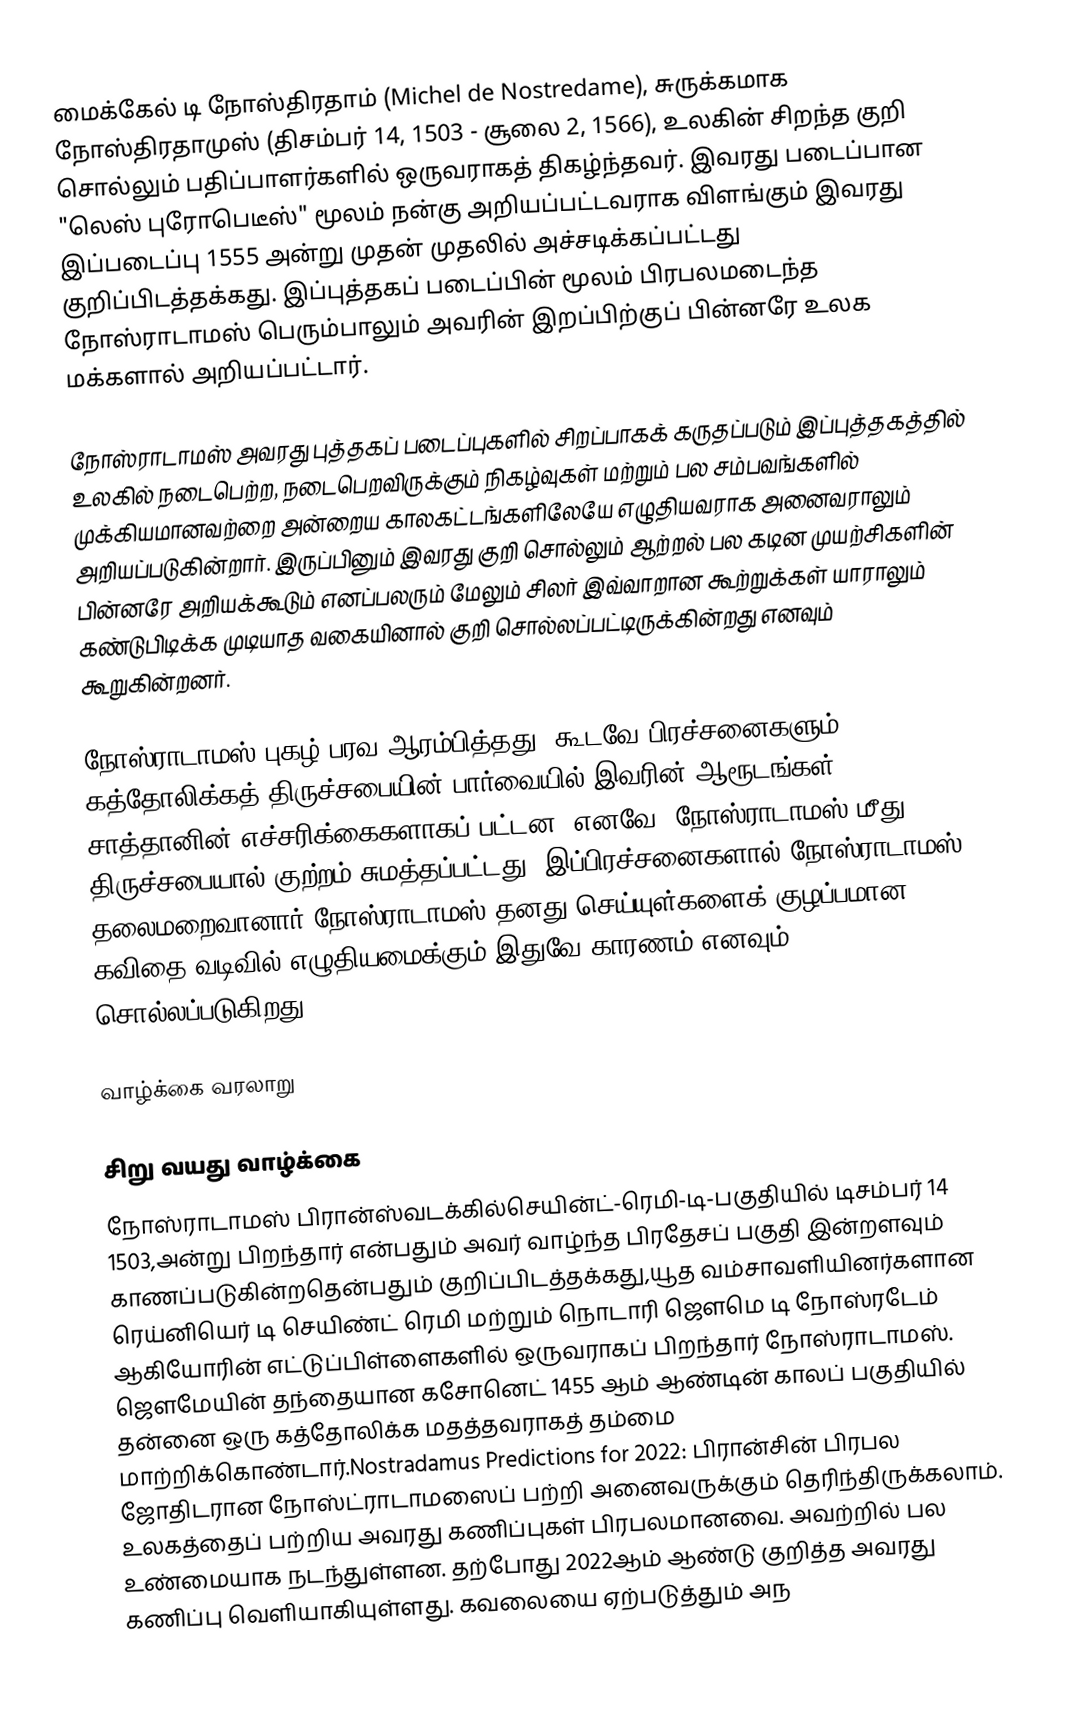
மைக்கேல் டி நோஸ்திரதாம் (Michel de Nostredame), சுருக்கமாக நோஸ்திரதாமுஸ் (திசம்பர் 14, 1503 - சூலை 2, 1566), உலகின் சிறந்த குறி சொல்லும் பதிப்பாளர்களில் ஒருவராகத் திகழ்ந்தவர். இவரது படைப்பான "லெஸ் புரோபெடீஸ்" மூலம் நன்கு அறியப்பட்டவராக விளங்கும் இவரது இப்படைப்பு 1555 அன்று முதன் முதலில் அச்சடிக்கப்பட்டது குறிப்பிடத்தக்கது. இப்புத்தகப் படைப்பின் மூலம் பிரபலமடைந்த நோஸ்ராடாமஸ் பெரும்பாலும் அவரின் இறப்பிற்குப் பின்னரே உலக மக்களால் அறியப்பட்டார்.

நோஸ்ராடாமஸ் அவரது புத்தகப் படைப்புகளில் சிறப்பாகக் கருதப்படும் இப்புத்தகத்தில் உலகில் நடைபெற்ற, நடைபெறவிருக்கும் நிகழ்வுகள் மற்றும் பல சம்பவங்களில் முக்கியமானவற்றை அன்றைய காலகட்டங்களிலேயே எழுதியவராக அனைவராலும் அறியப்படுகின்றார். இருப்பினும் இவரது குறி சொல்லும் ஆற்றல் பல கடின முயற்சிகளின் பின்னரே அறியக்கூடும் எனப்பலரும் மேலும் சிலர் இவ்வாறான கூற்றுக்கள் யாராலும் கண்டுபிடிக்க முடியாத வகையினால் குறி சொல்லப்பட்டிருக்கின்றது எனவும் கூறுகின்றனர்.

நோஸ்ராடாமஸ் புகழ் பரவ ஆரம்பித்தது. கூடவே பிரச்சனைகளும். கத்தோலிக்கத் திருச்சபையின் பார்வையில் இவரின் ஆரூடங்கள் சாத்தானின் எச்சரிக்கைகளாகப் பட்டன. எனவே, நோஸ்ராடாமஸ் மீது திருச்சபையால் குற்றம் சுமத்தப்பட்டது. இப்பிரச்சனைகளால் நோஸ்ராடாமஸ் தலைமறைவானார்.நோஸ்ராடாமஸ் தனது செய்யுள்களைக் குழப்பமான கவிதை வடிவில் எழுதியமைக்கும் இதுவே காரணம் எனவும் சொல்லப்படுகிறது.

வாழ்க்கை வரலாறு

சிறு வயது வாழ்க்கை
நோஸ்ராடாமஸ் பிரான்ஸ்வடக்கில்செயின்ட்-ரெமி-டி-பகுதியில் டிசம்பர் 14 1503,அன்று பிறந்தார் என்பதும் அவர் வாழ்ந்த பிரதேசப் பகுதி இன்றளவும் காணப்படுகின்றதென்பதும் குறிப்பிடத்தக்கது,யூத வம்சாவளியினர்களான ரெய்னியெர் டி செயிண்ட் ரெமி மற்றும் நொடாரி ஜௌமெ டி நோஸ்ரடேம் ஆகியோரின்  எட்டுப்பிள்ளைகளில் ஒருவராகப் பிறந்தார் நோஸ்ராடாமஸ். ஜௌமேயின் தந்தையான கசோனெட் 1455 ஆம் ஆண்டின் காலப் பகுதியில் தன்னை ஒரு கத்தோலிக்க மதத்தவராகத் தம்மை மாற்றிக்கொண்டார்.Nostradamus Predictions for 2022: பிரான்சின் பிரபல ஜோதிடரான நோஸ்ட்ராடாமஸைப் பற்றி அனைவருக்கும் தெரிந்திருக்கலாம். உலகத்தைப் பற்றிய அவரது கணிப்புகள் பிரபலமானவை. அவற்றில் பல உண்மையாக நடந்துள்ளன. தற்போது 2022ஆம் ஆண்டு குறித்த அவரது கணிப்பு வெளியாகியுள்ளது. கவலையை ஏற்படுத்தும் அந